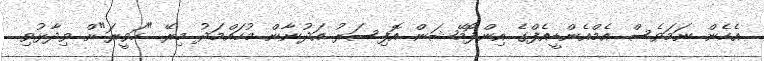
އެހެން ނަމަވެސް އެމްއެންޑީއެފްގެ އިންފޮމޭޝަން އޮފިސަރު އަދުނާން މުހައްމަދު މިރޭ "ހަވީރަ"ށް ވިދާޅުވި